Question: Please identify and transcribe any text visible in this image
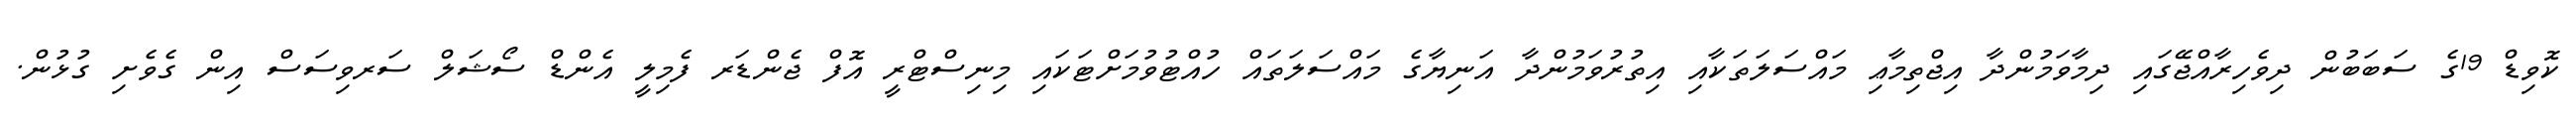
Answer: ކޮވިޑް 19ގެ ސަބަބުން ދިވެހިރާއްޖޭގައި ދިމާވަމުންދާ އިޖްތިމާޢި މައްސަލަތަކާއި އިތުރުވަމުންދާ އަނިޔާގެ މައްސަލަތައް ހުއްޓުވުމަށްޓަކައި މިނިސްޓްރީ އޮފް ޖެންޑަރ ފެމިލީ އެންޑް ސޯޝަލް ސަރވިސަސް އިން ގެވެށި ގުޅުން.